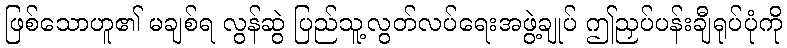
ဖြစ်သောဟူ၏ မချစ်ရ လွန်ဆွဲ ပြည်သူ့လွတ်လပ်ရေးအဖွဲ့ချုပ် ဤညှပ်ပန်းချီရုပ်ပုံကို